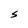
Character: S